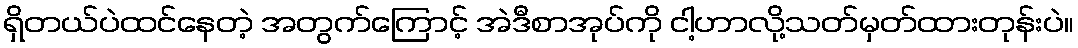
ရှိတယ်ပဲထင်နေတဲ့ အတွက်ကြောင့် အဲဒီစာအုပ်ကို ငါ့ဟာလို့သတ်မှတ်ထားတုန်းပဲ။